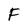
Character: F